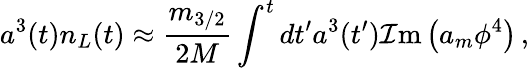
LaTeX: a^{3}(t)n_{L}(t)\approx\frac{m_{3/2}}{2M}\int^{t}dt^{\prime}a^{3}(t^{\prime}){\cal I}\mathrm{m}\left(a_{m}\phi^{4}\right)\, ,